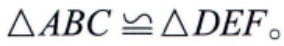
$\triangle ABC\cong\triangle DEF$。